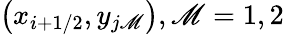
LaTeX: \left({{x}_{i+1/2}},{{y}_{j\mathscr{M}}}\right),\mathscr{M}=1,2